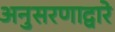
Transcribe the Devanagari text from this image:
अनुसरणाद्वारे